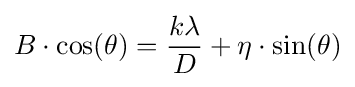
B\cdot \cos(\theta )={\frac {k\lambda }{D}}+\eta \cdot \sin(\theta )